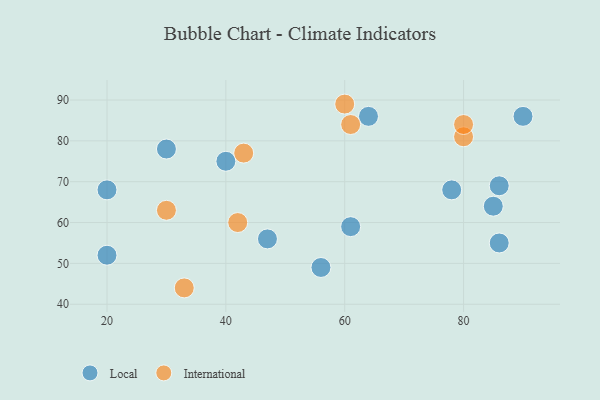
{"axis": {"x": "GDP", "y": "Life Expectancy"}, "legend": ["International", "Local"], "data": [{"x": "30", "y": 78, "type": "Local"}, {"x": "61", "y": 59, "type": "Local"}, {"x": "47", "y": 56, "type": "Local"}, {"x": "78", "y": 68, "type": "Local"}, {"x": "90", "y": 86, "type": "Local"}, {"x": "20", "y": 52, "type": "Local"}, {"x": "56", "y": 49, "type": "Local"}, {"x": "86", "y": 69, "type": "Local"}, {"x": "64", "y": 86, "type": "Local"}, {"x": "40", "y": 75, "type": "Local"}, {"x": "20", "y": 68, "type": "Local"}, {"x": "85", "y": 64, "type": "Local"}, {"x": "86", "y": 55, "type": "Local"}, {"x": "33", "y": 44, "type": "International"}, {"x": "60", "y": 89, "type": "International"}, {"x": "61", "y": 84, "type": "International"}, {"x": "42", "y": 60, "type": "International"}, {"x": "43", "y": 77, "type": "International"}, {"x": "80", "y": 81, "type": "International"}, {"x": "30", "y": 63, "type": "International"}, {"x": "80", "y": 84, "type": "International"}]}